Epidemic dropsy in Calcutta - Number 49
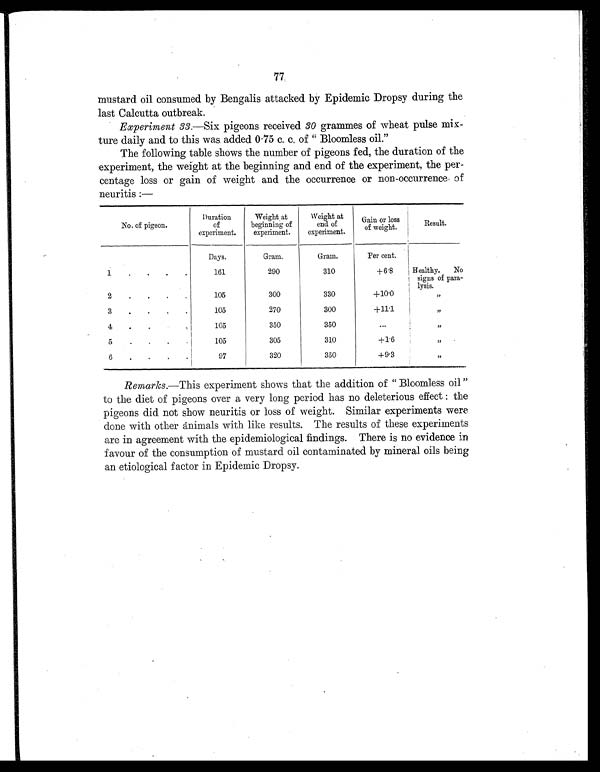
77
mustard oil consumed by Bengalis attacked by Epidemic Dropsy during the
last Calcutta outbreak.
Experiment 33 .—Six pigeons received 30 grammes of wheat pulse mix-
ture daily and to this was. added 0.75 c. c. of “ Bloomless oil.”
The following table shows the number of pigeons fed, the duration of the
experiment, the weight at the beginning and end of the experiment, the per-
centage loss or gain of weight and the occurrence or non-occurrence of
neuritis :—
No. of pigeon.
Duration
of
experiment.
Weight at
beginning of
experiment.
Weight at
end of
experiment.
Gain or loss
of weight.
R e s u l t .
Days.
Gram.
Gram.
Per cent.
1.
.
.
.
161
290
310
+6.8
Healthy. No
signs of para-
lysis.
2
105
300
330
+10.0
, ,
3
.
.
.
.
105
270
300
+11.1
,,
4
.
.
,
105
350
350
...
,,
5
.
.
.
105
305
310
+1.6
, ,
6
.
.
.
97
320
350
+9.3
,,
Remarks .—This experiment shows that the addition of “ Bloomless oil ”
to the diet of pigeons over a very long period has no deleterious effect : the
pigeons did not show neuritis or loss of weight. Similar experiments were
done with other animals with like results. The results of these experiments
are in agreement with the epidemiological findings. There is no evidence in
favour of the consumption of mustard oil contaminated by mineral oils being
an etiological factor in Epidemic Dropsy.